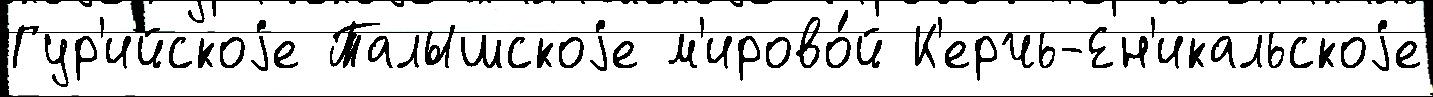
Гур'ийскоjе Талышскоjе м'ирово́й К'ерчь-Ен'икальскоjе